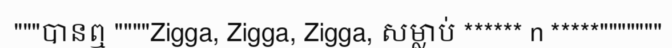
"""បានឮ """"Zigga, Zigga, Zigga, សម្លាប់ ****** n *****"""""""